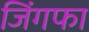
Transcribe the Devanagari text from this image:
जिंगफाॅ